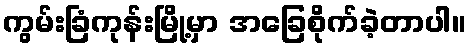
ကွမ်းခြံကုန်းမြို့မှာ အခြေစိုက်ခဲ့တာပါ။